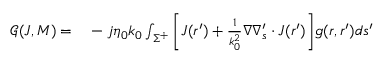
\begin{array} { r l } { \mathcal { G } ( \boldsymbol { J } , \boldsymbol { M } ) = } & { { } - j \eta _ { 0 } k _ { 0 } \int _ { \Sigma ^ { + } } { \left[ \boldsymbol { J } ( \boldsymbol { r } ^ { \prime } ) + \frac { 1 } { k _ { 0 } ^ { 2 } } \nabla \nabla _ { s } ^ { \prime } \cdot \boldsymbol { J } ( \boldsymbol { r } ^ { \prime } ) \right] } g ( \boldsymbol { r } , \boldsymbol { r } ^ { \prime } ) d s ^ { \prime } } \end{array}